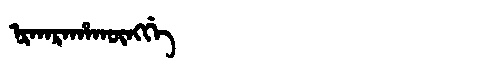
Manchu: ᠨᡳᡴᠠᡵᠠᡥᠠᡴᡡᠩᡤᡝ
Romanization: NIKARAHAKŪNGGE